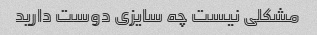
مشکلی نیست چه سایزی دوست دارید